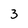
Character: 3